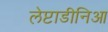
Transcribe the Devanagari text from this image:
लेप्टाडीनिआ